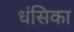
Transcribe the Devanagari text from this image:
धंसिका